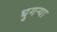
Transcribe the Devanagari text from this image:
घुगर्‍या